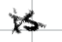
Text: is
Cross-out: cross
Writing tool: digital_black